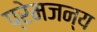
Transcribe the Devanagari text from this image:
प्रेमजन्य